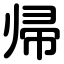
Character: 帰